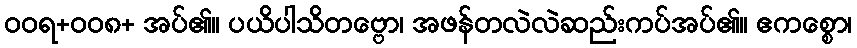
ဝဝရ+ဝဝ၈+ အပ်၏။ ပယိပါသိတဗ္ဗော၊ အဖန်တလဲလဲဆည်းကပ်အပ်၏။ ဧကစ္စော၊